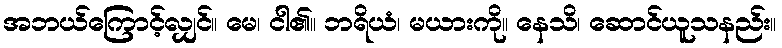
အဘယ်ကြောင့်လျှင်။ မေ၊ ငါ၏။ ဘရိယံ၊ မယားကို။ နေသိ၊ ဆောင်ယူသနည်း။